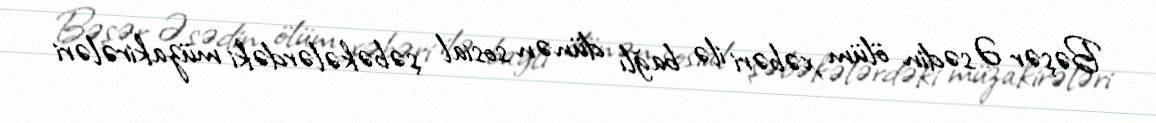
Bəşər Əsədin ölüm xəbəri ilə bağlı dünən sosial şəbəkələrdəki müzakirələri